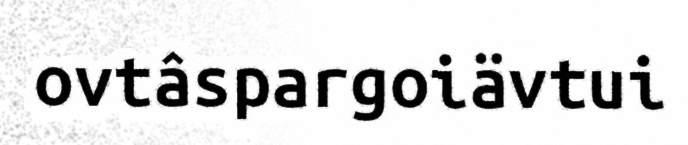
ovtâspargoiävtui